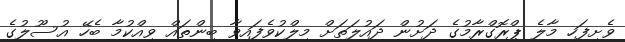
ވެށިފަހި މާލެ ޕްރޮގްރާމުގެ ދަށުން ދައުލަތަށް މިލްކުވެފައިވާ ބިންތައް ވިއްކުމާ ބެހޭ އުސޫލުގެ